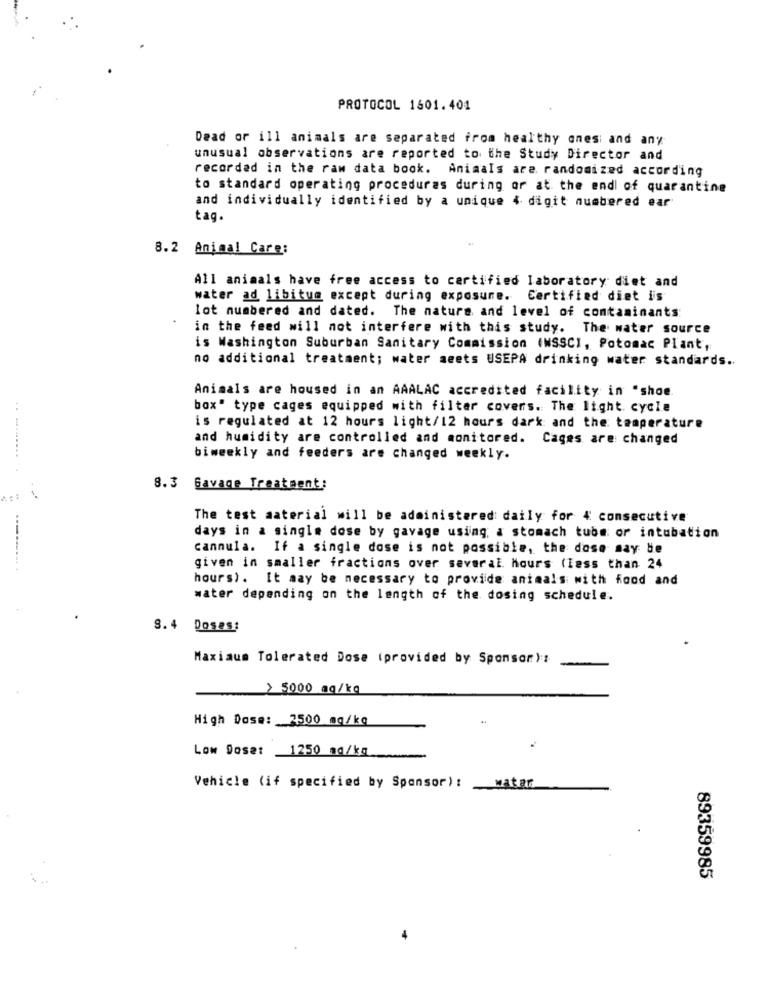
PROTOCOL 1601.401
Dead or ill animals are separated from healthy onesi and any
unusual observations are reported to the Study Director and
recorded in the raw data book. Animals are randomized according
to standard operating procedures during or at the end of quarantine
and individually identified by a unique 4 digit numbered ear
tag.
8.2 Animal Care:
All animals have free access to certified laboratory diet and
water ad libitum except during exposure. Certified diet is
lot numbered and dated. The nature and level of contaminants:
in the feed will not interfere with this study. The water source
is Washington Suburban Sanitary Commission (WSSCI, Potomac Plant,
no additional treatment; water meets USEPA drinking water standards ..
Animals are housed in an AAALAC accredited facility in "shoe
box" type cages equipped with filter covers. The light cycle
is regulated at 12 hours light/12 hours dark and the temperature
and humidity are controlled and monitored. Cages are changed
...........
biweekly and feeders are changed weekly.
8.3 Gavage Treatment:
The test aaterial will be administered daily for 4 consecutive
days in a single dose by gavage using, & stomach tubs or intubation
cannula. If a single dose is not possible, the dose may be
given in smaller fractions over several hours (less than 24
hours). It may be necessary to provide animals with food and
water depending on the length of the dosing schedule.
8.4 Doses:
Maximum Tolerated Dose (provided by Sponsor):
> 5000 mg/kg
High Dose: 2500 mg/kg
Low Dose: 1250 mg/kg
Vehicle (if specified by Sponsor):
wat an
89359985